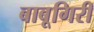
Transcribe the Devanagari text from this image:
बाबूगिरी